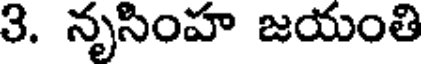
3. నృసింహ జయంతి